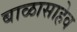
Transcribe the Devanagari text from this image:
बाळासाहेव